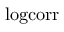
\mathrm { l o g c o r r }